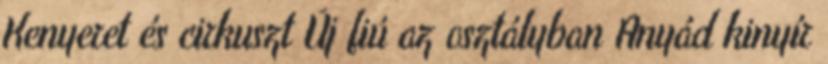
Kenyeret és cirkuszt Új fiú az osztályban Anyád kinyír